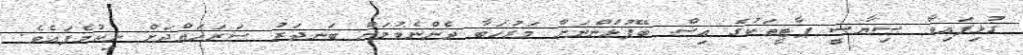
ގުޅިފައިވާ ސިޔާސީ ޕާޓީތަކުގެ އިސް ބޭފުޅުންނަށް މަރުހަބާ ދެންނެވުމަށް ބަނދަރު ސަރަހައްދަށް ނިކުމެފައެވެ.